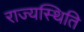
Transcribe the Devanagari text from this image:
राज्यस्थिति